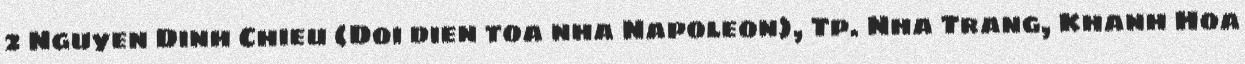
2 Nguyen Dinh Chieu (Doi dien toa nha Napoleon), Tp. Nha Trang, Khanh Hoa